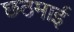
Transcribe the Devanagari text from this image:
छठमाई